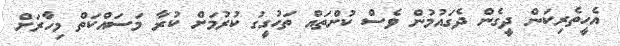
އެހީތެރިކަން ދީގެން ދެގައުމުން ވެސް ކުށްތައް ތަހުގީގު ކުރުމަށް ކުރާ މަސައްކަތް މިހާރަށް